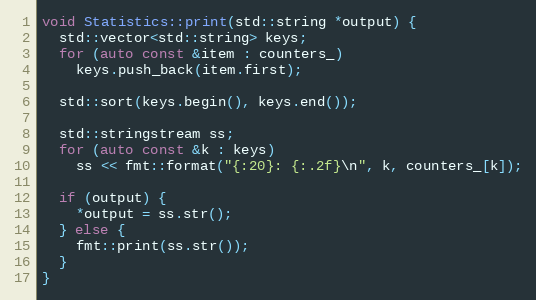
Language: C++
void Statistics::print(std::string *output) {
  std::vector<std::string> keys;
  for (auto const &item : counters_)
    keys.push_back(item.first);

  std::sort(keys.begin(), keys.end());

  std::stringstream ss;
  for (auto const &k : keys)
    ss << fmt::format("{:20}: {:.2f}\n", k, counters_[k]);

  if (output) {
    *output = ss.str();
  } else {
    fmt::print(ss.str());
  }
}